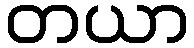
တယာ